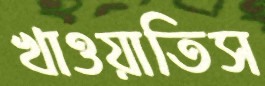
খাওয়াতিস